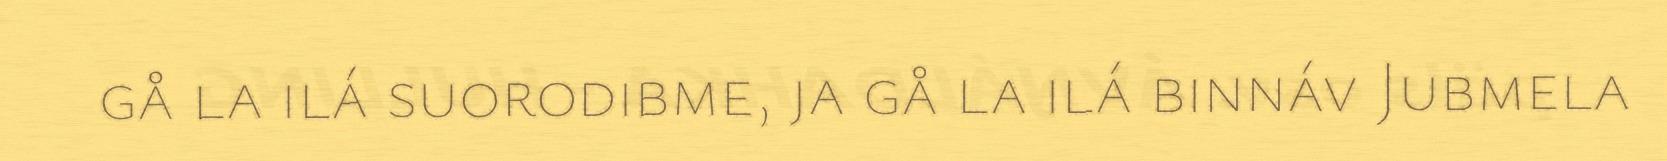
gå la ilá suorodibme, ja gå la ilá binnáv Jubmela